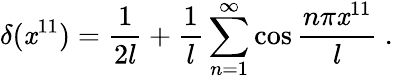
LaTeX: \delta(\mathit{x}^{11})={\frac{{1}}{{2l}}}+{\frac{{1}}{{l}}}\sum_{n=1}^{\infty}\cos{\frac{{n\pi\mathit{x}^{11}}}{{l}}}\ .